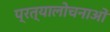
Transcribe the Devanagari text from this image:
प्रत्यालोचनाओं